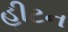
હીટન